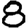
Digit: 8